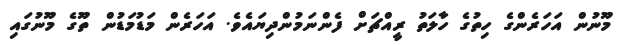
މޫނުން އަހަރެންގެ ހިތުގެ ހާލަތު ރީއްޗަށް ފެންނަމުންދިޔައެވެ. އަހަރެން މަޑުމަޑުން ތޫގެ މޫނުގައި